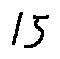
1 5